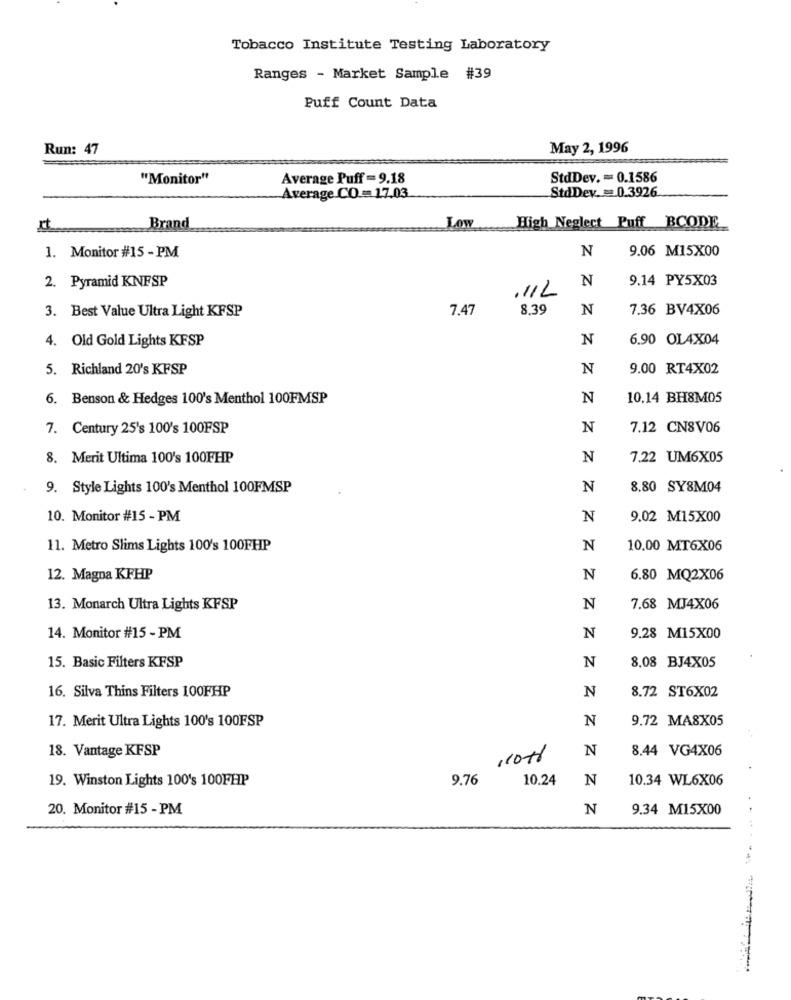
Tobacco Institute Testing Laboratory
Ranges - Market Sample #39
Puff Count Data
Run: 47
May 2, 1996
"Monitor"
Average Puff = 9.18
StdDev. = 0.1586
StdDev .= 0.3926
Average CO .= 17,03
Brand
Low
High Neglect Puff BCODE
N
9.06 M15X00
1. Monitor #15 - PM
2. Pyramid KNFSP
N
9.14 PY5X03
.11L
3. Best Value Ultra Light KFSP
7.47
8.39
N
7.36 BV4X06
4. Old Gold Lights KFSP
N
6.90 OL4X04
5. Richland 20's KFSP
N
9.00 RT4X02
6. Benson & Hedges 100's Menthol 100FMSP
N
10.14 BH8M05
7. Century 25's 100's 100FSP
N
7.12 CNSV06
8. Merit Ultima 100's 100FHP
N
7.22 UM6X05
9. Style Lights 100's Menthol 100FMSP
N
8.80 SY8M04
10. Monitor #15 - PM
N
9.02 M15X00
11. Metro Slims Lights 100's 100FHP
N
10.00 MT6X06
12. Magna KFHP
N
6.80 MQ2X06
13. Monarch Ultra Lights KFSP
N
7.68 MJ4X06
14. Monitor #15 - PM
N
9.28 M15X00
N
8.08 BJ4X05
15. Basic Filters KFSP
16. Silva Thins Filters 100FHP
N
8.72 ST6X02
17. Merit Ultra Lights 100's 100FSP
N
9.72 MA8X05
18. Vantage KFSP
N
8.44 VG4X06
1107
19. Winston Lights 100's 100FHP
9.76
10.24
N
10.34 WL6X06
20. Monitor #15 - PM
N
9.34 M15X00
....